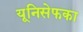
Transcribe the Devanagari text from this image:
यूनिसेफका